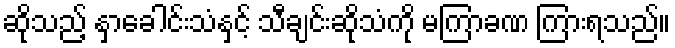
ဆိုသည့် နှာခေါင်းသံနှင့် သီချင်းဆိုသံကို မကြာခဏ ကြားရသည်။